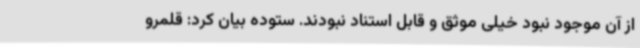
از آن موجود نبود خیلی موثق و قابل استناد نبودند. ستوده بیان کرد: قلمرو